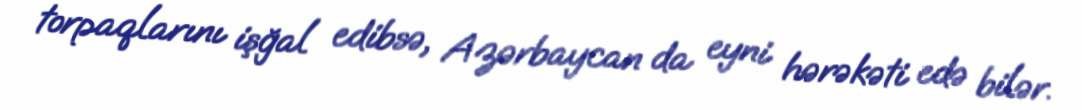
torpaqlarını işğal edibsə, Azərbaycan da eyni hərəkəti edə bilər.